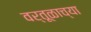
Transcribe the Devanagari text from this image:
वर्तूळाच्या